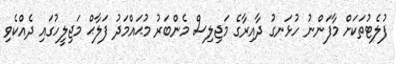
ފުލެޓުތަކަށް މާފަންނު ހުޅަނގު ދާއިރާގެ މަޖިލިސް މެންބަރު މުޙައްމަދު ފަލާޙް މަޖިލީހުގައި ދެއްކެވި